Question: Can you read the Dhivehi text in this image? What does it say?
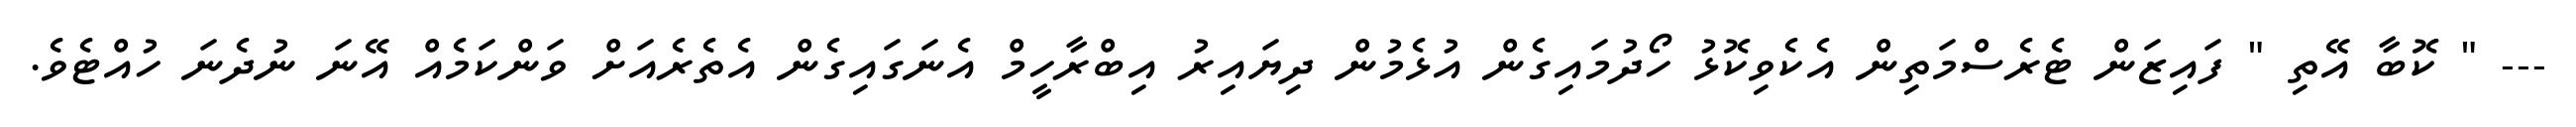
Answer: --- " ކޮބާ އޭތި " ފައިޒަން ޓެރެސްމަތިން އެކެވިކޮޅު ހޯދުމައިގެން އުޅެމުން ދިޔައިރު އިބްރާހީމް އެނަގައިގެން އެތެރެއަށް ވަންކަމެއް އޭނަ ނުދެނަ ހުއްޓެވެ.